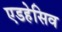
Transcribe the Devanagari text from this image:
एडहेसिव